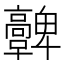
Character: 𩫪